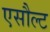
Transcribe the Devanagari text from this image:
एसौल्ट